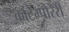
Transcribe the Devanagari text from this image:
कांटेम्पोरेरी